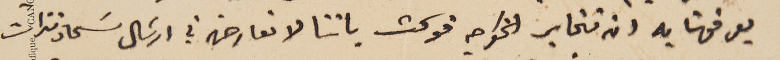
يعرفونا به ان نخابر الخواجه فوكت باننا لا نعارض في ارسَال سَماد نترات